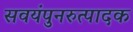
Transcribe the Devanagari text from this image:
सवयंपुनरुत्पादक